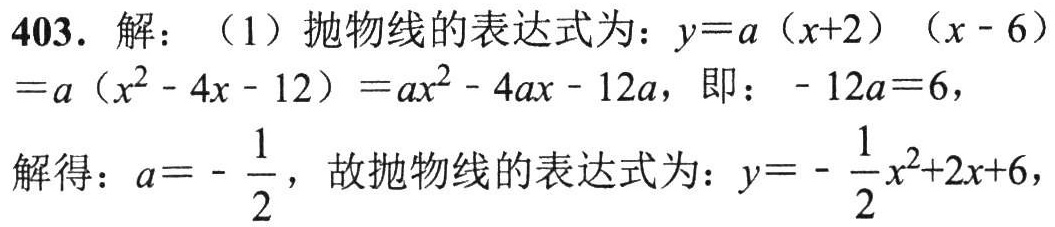
403. 解：（1）抛物线的表达式为：\(y = a(x + 2)(x - 6)=a(x^{2}-4x - 12)=ax^{2}-4ax - 12a\)，即：\(-12a = 6\)，
解得：\(a = -\frac{1}{2}\)，故抛物线的表达式为：\(y=-\frac{1}{2}x^{2}+2x + 6\)，